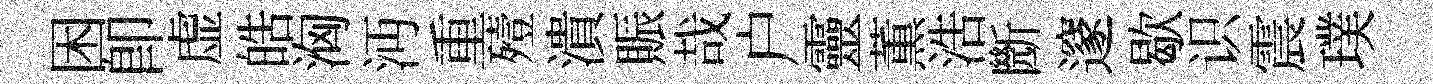
困卽虚皓洶沔重殪潰賑哉户靈薫浩㫁邃歇识震璞